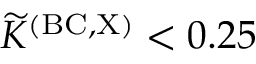
{ \widetilde K } ^ { \mathrm { ( B C , X ) } } < 0 . 2 5